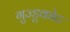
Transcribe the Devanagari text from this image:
गुज्डूकोट